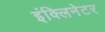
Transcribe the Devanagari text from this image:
इंक्लिनेटर